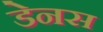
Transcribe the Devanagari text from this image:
डेनस